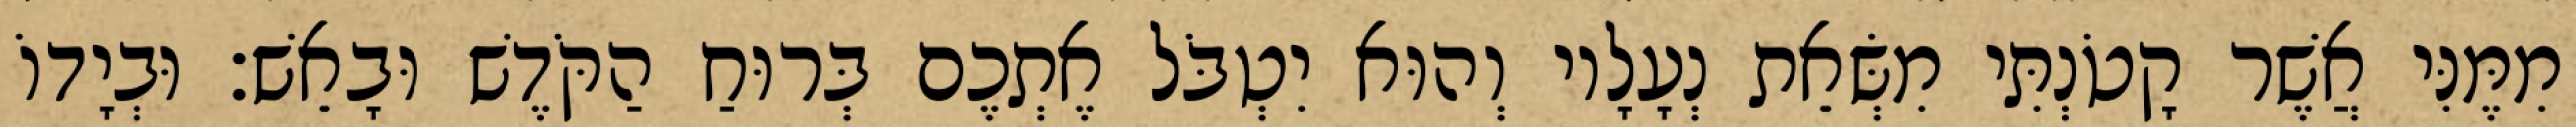
מִמֶּנִּי אֲשֶׁר קָטֹנְתִּי מִשְּׂאֵת נְעָלָיו וְהוּא יִטְבֹּל אֶתְכֶם בְּרוּחַ הַקֹּדֶשׁ וּבָאֵשׁ׃ וּבְיָדוֹ